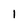
Character: I